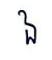
ឯ